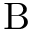
\mathrm { B }